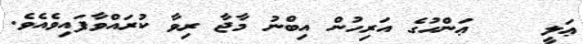
ޢަލީ    ޢަންހުގެ އަރިހުން އިބްނު މާޖާ ރިވާ ކުރައްވާފައިވެއެވެ.